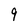
Character: 9